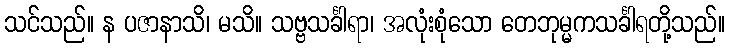
သင်သည်။ န ပဇာနာသိ၊ မသိ။ သဗ္ဗသင်္ခါရာ၊ အလုံးစုံသော တေဘုမ္မကသင်္ခါရတို့သည်။